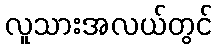
လူသားအလယ်တွင်